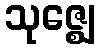
သုဇ္ဈေ